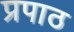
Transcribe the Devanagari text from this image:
प्रपाठ